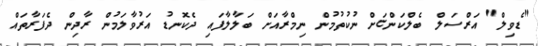
"ޑެވިލް" އަރްސަލް ބެލްކަންޏަށް ނުކުތުމުން ނިމްރާއަށް ބަލާލާފައި ދެކޮނޑު އަރުވާލަމުން ރާދިން ދެފަރާތައް